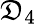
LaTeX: \mathfrak{D}_{4}